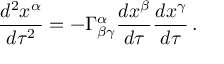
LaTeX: { \frac { d ^ { 2 } x ^ { \alpha } } { d \tau ^ { 2 } } } = - \Gamma _ { \beta \gamma } ^ { \alpha } { \frac { d x ^ { \beta } } { d \tau } } { \frac { d x ^ { \gamma } } { d \tau } } \, .